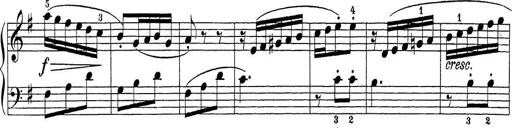
Title: Sonatina Album
Composer: Louis KÃ¶hler